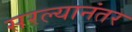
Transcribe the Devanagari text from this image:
सरल्यानंतर